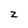
Character: z